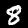
Digit: 8